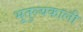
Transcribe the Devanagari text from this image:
भूतुल्यकाली